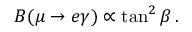
B ( \mu \to e \gamma ) \propto \tan ^ { 2 } \beta \, .